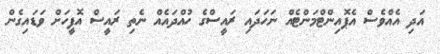
އަދި އެއްވެސް އެޕޮއިންޓްމަންޓެއް ނަހަދައި ރައީސްގެ ހުއްދައެއް ނެތި ރައީސް އޮފީހަށް ވަޑައިގެން